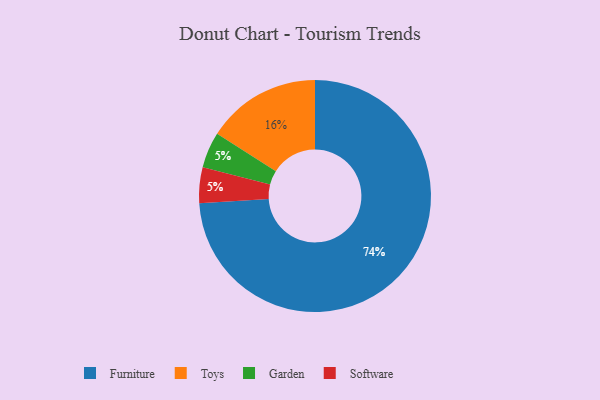
{"axis": {"x": "Category", "y": "Percentage"}, "legend": ["Furniture", "Garden", "Software", "Toys"], "data": [{"x": "Furniture", "y": 74, "type": "Furniture"}, {"x": "Garden", "y": 5, "type": "Garden"}, {"x": "Software", "y": 5, "type": "Software"}, {"x": "Toys", "y": 16, "type": "Toys"}]}